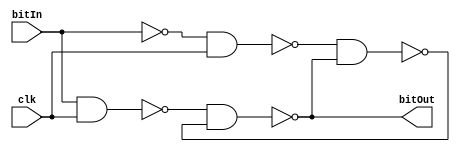
module latch(bitIn,clk,bitOut);
  output bitOut;
  input bitIn,clk;
  
  not (bitIn_ ,bitIn);
  nand(cin    ,bitIn,clk),
      (cin_   ,bitIn_,clk);
  nand(bitOut ,cin,bitOut_),
      (bitOut_,cin_,bitOut);
endmodule